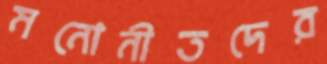
মনোনীতদের